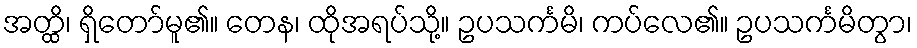
အတ္ထိ၊ ရှိတော်မူ၏။ တေန၊ ထိုအရပ်သို့။ ဥပသင်္ကမိ၊ ကပ်လေ၏။ ဥပသင်္ကမိတွာ၊